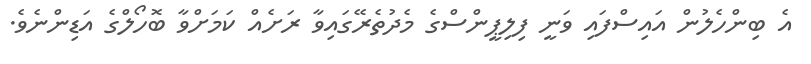
އެ ބިންހެލުން އައިސްފައި ވަނީ ފިލިޕީންސްގެ މެދުތެރޭގައިވާ ރަށެއް ކަމަށްވާ ބޮހޯލްގެ އަޑިންނެވެ.